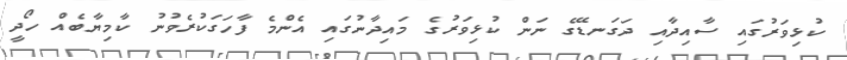
ކުޅިވަރުގައި ސާއިދާއި ދަގަނޑޭގެ ނަން ކުޅިވަރުގެ މައިދާނުގައި އެންމެ ފާހަގަކުރެވުނު ކާމިޔާބެއް ހޯދީ